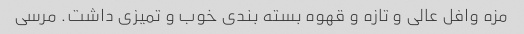
مزه وافل عالی و تازه و قهوه بسته بندی خوب و تمیزی داشت. مرسی